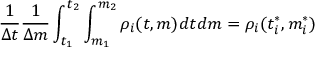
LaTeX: { \frac { 1 } { \Delta t } } { \frac { 1 } { \Delta m } } \int _ { t _ { 1 } } ^ { t _ { 2 } } \int _ { m _ { 1 } } ^ { m _ { 2 } } \rho _ { i } ( t , m ) d t d m = \rho _ { i } ( t _ { i } ^ { * } , m _ { i } ^ { * } )